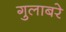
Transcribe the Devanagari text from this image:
गुलाबरे